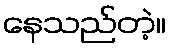
နေသည်တဲ့။